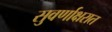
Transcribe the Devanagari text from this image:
सुवर्णाक्षरात